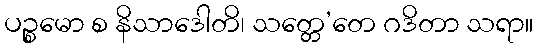
ပဉ္စမော စ နိသာဒေါတိ၊ သတ္တေ’တေ ဂဒိတာ သရာ။